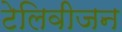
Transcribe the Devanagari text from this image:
टेलिवीजन